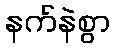
နက်နဲစွာ